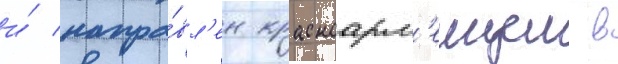
и́ напра́вл'ен красноарм'еицем в